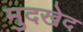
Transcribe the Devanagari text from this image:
मुदखेद